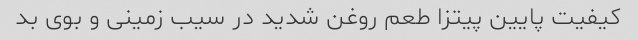
کیفیت پایین پیتزا طعم روغن شدید در سیب زمینی و بوی بد